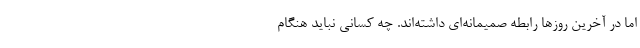
اما در آخرین روزها رابطه صمیمانه‌ای داشته‌اند. چه کسانی نباید هنگام